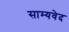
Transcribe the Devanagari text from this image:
साम्‍यवेद